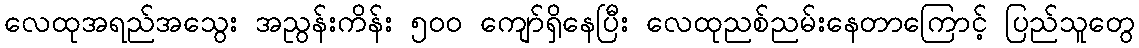
လေထုအရည်အသွေး အညွန်းကိန်း ၅၀၀ ကျော်ရှိနေပြီး လေထုညစ်ညမ်းနေတာကြောင့် ပြည်သူတွေ